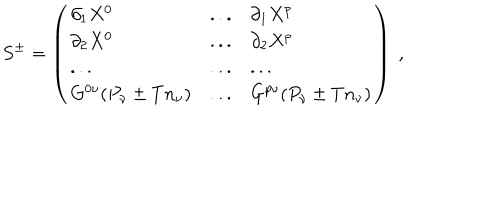
S ^ { \pm } = \left( \begin{array} { l l l } { { \partial _ { 1 } X ^ { 0 } } } & { { . . . } } & { { \partial _ { 1 } X ^ { p } } } \\ { { \partial _ { 2 } X ^ { 0 } } } & { { . . . } } & { { \partial _ { 2 } X ^ { p } } } \\ { { . . . } } & { { . . . } } & { { . . . } } \\ { { G ^ { 0 \nu } ( P _ { \nu } \pm T n _ { \nu } ) } } & { { . . . } } & { { G ^ { p \nu } ( P _ { \nu } \pm T n _ { \nu } ) } } \\ \end{array} \right) \ ,